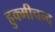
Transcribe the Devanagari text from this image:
हुक्मीचन्द